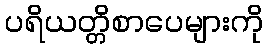
ပရိယတ္တိစာပေများကို